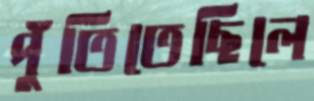
পুঁতিতেছিলে